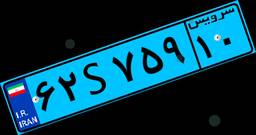
۸۶S۲۶۶۹۸